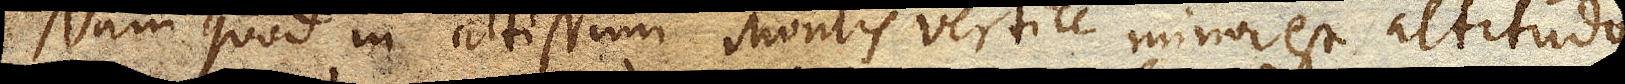
Nam quod in altissimi Montis vertice minor est altitudo